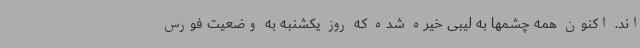
اند. اکنون همه چشمها به لیبی خیره شده که روز یکشنبه به وضعیت فورس